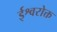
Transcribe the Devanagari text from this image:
ईश्वरोक्त